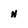
Character: n